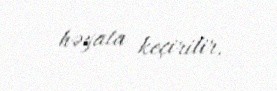
həyata keçirilir.